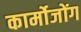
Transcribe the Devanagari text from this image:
कार्मोजोंग